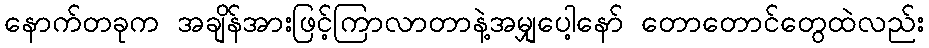
နောက်တခုက အချိန်အားဖြင့်ကြာလာတာနဲ့အမျှပေါ့နော် တောတောင်တွေထဲလည်း